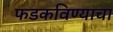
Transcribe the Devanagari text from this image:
फडकविण्याचा